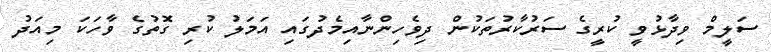
ސަލީމް ވިދާޅުވީ ކުރީގެ ސަރުކާރުތަކުން ދިވެހިންނާއިމެދުގައި އަމަލު ކުރި ގޮތުގެ ވާހަކަ މިއަދު